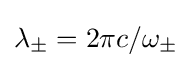
\lambda _{\pm }=2\pi c/\omega _{\pm }